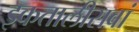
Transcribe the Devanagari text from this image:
इकतालीसवां